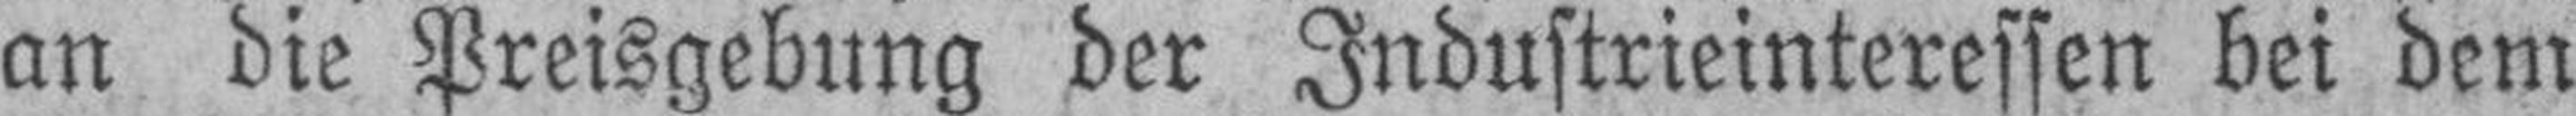
an die Preisgebung der Industrieinteressen bei dem